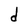
Character: d